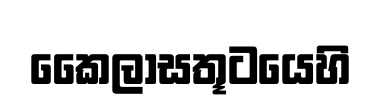
කෛලාසතූටයෙහි